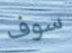
سوف